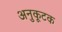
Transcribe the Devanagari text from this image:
अनुकूटक